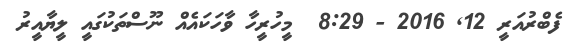
ފެބްރުއަރީ 12